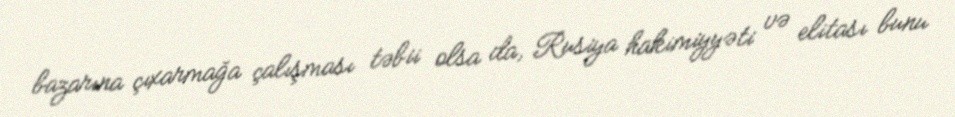
bazarına çıxarmağa çalışması təbii olsa da, Rusiya hakimiyyəti və elitası bunu